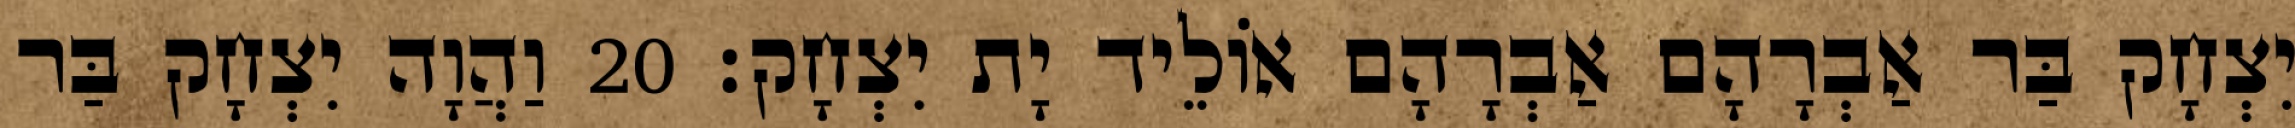
יִצְחָק בַּר אַבְרָהָם אַבְרָהָם אוֹלֵיד יָת יִצְחָק׃ 20 וַהֲוָה יִצְחָק בַּר